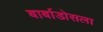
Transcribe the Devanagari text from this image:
बार्बाडोसला